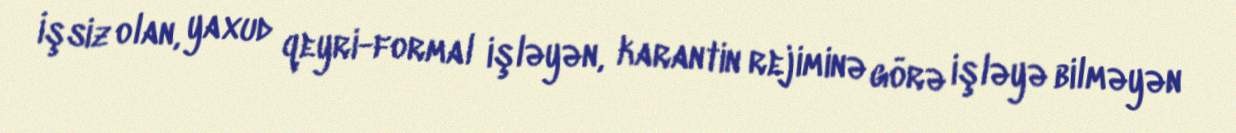
İşsiz olan, yaxud qeyri-formal işləyən, karantin rejiminə görə işləyə bilməyən